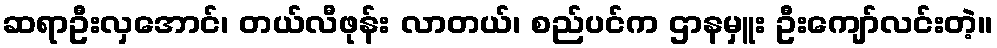
ဆရာဦးလှအောင်၊ တယ်လီဖုန်း လာတယ်၊ စည်ပင်က ဌာနမှူး ဦးကျော်လင်းတဲ့။